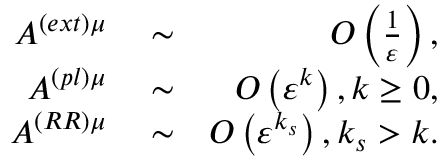
\begin{array} { r l r } { A ^ { \left( e x t \right) \mu } } & { { } \sim } & { O \left( \frac { 1 } { \varepsilon } \right) , } \\ { A ^ { \left( p l \right) \mu } } & { { } \sim } & { O \left( \varepsilon ^ { k } \right) , k \geq 0 , } \\ { A ^ { \left( R R \right) \mu } } & { { } \sim } & { O \left( \varepsilon ^ { k _ { s } } \right) , k _ { s } > k . } \end{array}